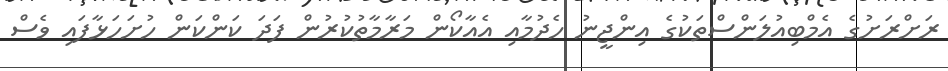
ރަށްރަށުގެ އެމްބިއުލަންސްތަކުގެ އިންޖީނު ހެދުމާއި އެއާކޯން މަރާމާތުކުރުން ފަދަ ކަންކަން ހުށަހަޅާފައި ވެސް